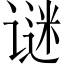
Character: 谜